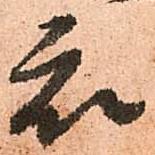
衆